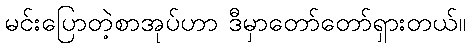
မင်းပြောတဲ့စာအုပ်ဟာ ဒီမှာတော်တော်ရှားတယ်။